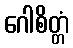
ဂေါစိတ္တံ